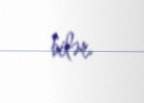
bilər.